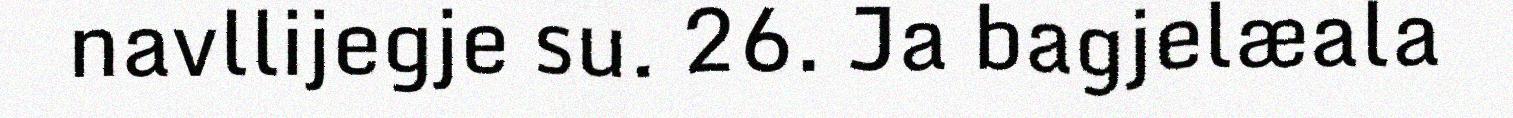
navllijegje su. 26. Ja bagjelæala